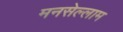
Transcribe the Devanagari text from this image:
मनसेल्लाम